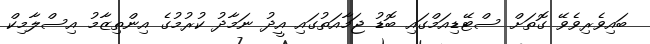
ބައިވެރިވެވޭ ގޮތަށް ސްޓޭޑިއަމްގައި ބޮޑު ޖަމާއަތުގައި އީދު ނަމާދު ކުރުމުގެ އިންތިޒާމު އިސްލާމިކް